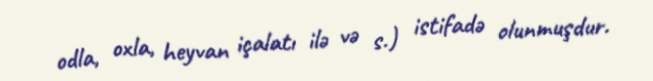
odla, oxla, heyvan içalatı ilə və s.) istifadə olunmuşdur.